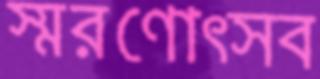
স্মরণোত্সব